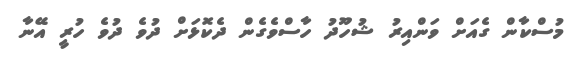
މުސްކާން ގެއަށް ވަންއިރު ޝުހޫދު ހާސްވެގެން ދެކޮޅަށް ދުވެ ދުވެ ހުރީ އޭނާ